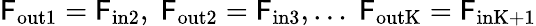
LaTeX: \mathsf{F}_{\mathrm{{out1}}}=\mathsf{F}_{\mathrm{{in2}}},\; \mathsf{F}_{\mathrm{{out2}}}=\mathsf{F}_{\mathrm{{in3}}},\ldots\; \mathsf{F}_{\mathrm{{outK}}}=\mathsf{F}_{\mathrm{{inK+1}}}